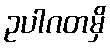
ဥပါဂတမှိ